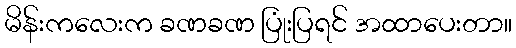
မိန်းကလေးက ခဏခဏ ပြုံးပြရင် အထာပေးတာ။